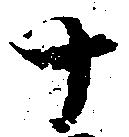
十